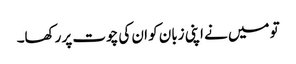
تو میں نے اپنی زبان کو ان کی چوت پر رکھا۔